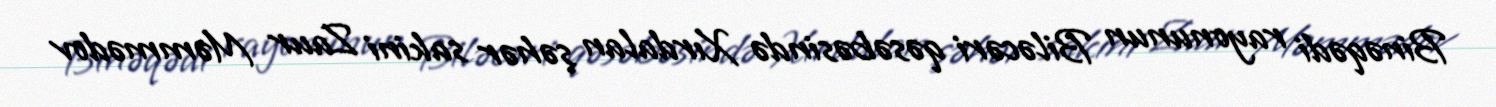
Binəqədi rayonunun Biləcəri qəsəbəsində Xırdalan şəhər sakini Zaur Məmmədov